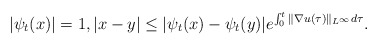
\begin{align*}|\psi_t(x)|=1, |x-y|\leq |\psi_t(x)-\psi_t(y)|e^{\int_0^t\|\nabla u(\tau)\|_{L^\infty}{d\tau}}.\end{align*}